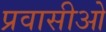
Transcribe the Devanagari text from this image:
प्रवासीओ